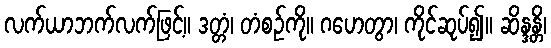
လက်ယာဘက်လက်ဖြင့်။ ဒတ္တံ၊ တံစဉ်ကို။ ဂဟေတွာ၊ ကိုင်ဆုပ်၍။ ဆိန္ဒန္တိ၊